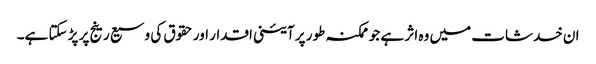
ان خدشات میں وہ اثر ہے جو ممکنہ طور پر آئینی اقدار اور حقوق کی وسیع رینج پر پڑ سکتا ہے۔